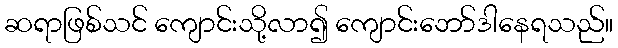
ဆရာဖြစ်သင် ကျောင်းသို့လာ၍ ကျောင်းဘော်ဒါနေရသည်။